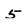
Character: 5